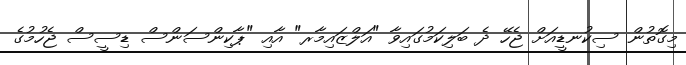
މިގޮތުން ސިކުނޑީއަށް ޖެހޭ ދެ ބަލިކަމުގައިވާ "އަލްޒައިމާރ" އާއި "ޕާކިންސަންސް ޑިސީސް ޖެހުމުގެ